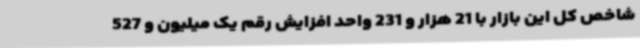
شاخص کل این بازار با 21 هزار و 231 واحد افزایش رقم یک میلیون و 527